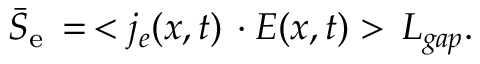
\begin{array} { r } { \bar { S } _ { \mathrm { { e } } } \, = \, < j _ { e } ( x , t ) \, \cdot E ( x , t ) > \, L _ { g a p } . } \end{array}